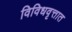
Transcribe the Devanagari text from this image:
विविधवृत्तात